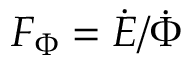
F _ { \Phi } = \dot { E } / \dot { \Phi }